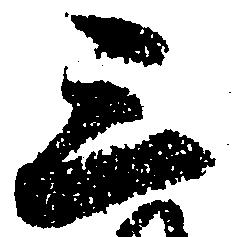
三